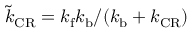
\tilde { k } _ { \mathrm { C R } } = k _ { \mathrm { f } } k _ { \mathrm { b } } / ( k _ { \mathrm { b } } + k _ { \mathrm { C R } } )